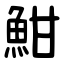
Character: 魽